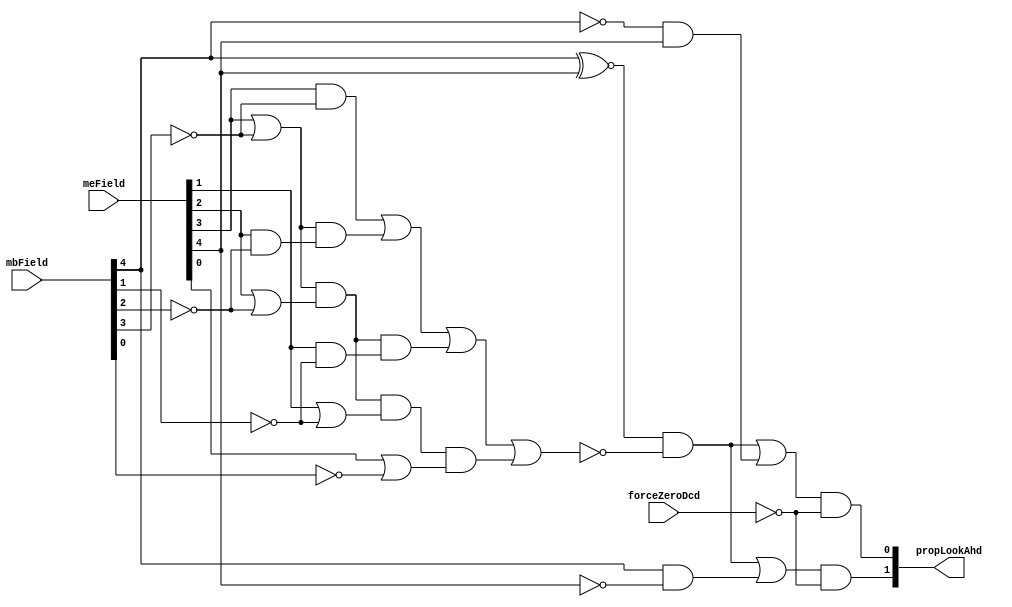
// 
// ************************************************************************** 
// 
//  Copyright (c) International Business Machines Corporation, 2005. 
// 
//  This file contains trade secrets and other proprietary and confidential 
//  information of International Business Machines Corporation which are 
//  protected by copyright and other intellectual property rights and shall 
//  not be reproduced, transferred to other documents, disclosed to others, 
//  or used for any purpose except as specifically authorized in writing by 
//  International Business Machines Corporation. This notice must be 
//  contained as part of this text at all times. 
// 
// ************************************************************************** 
//
module p405s_srmMskLkAhd (propLookAhd, forceZeroDcd, mbField, meField);
    output [0:1] propLookAhd;
    input forceZeroDcd;
    input [0:4] mbField;
    input [0:4] meField;

    wire gen3,gen2,gen1;
    wire prop4,prop3,prop2,prop1;
    wire meLessThanMb;

// Carry Look Ahead used to determine me < mb.
// me + /mb + 1.
// Only need carry into msb.
assign gen3 = meField[3] & ~mbField[3];
assign gen2 = meField[2] & ~mbField[2];
assign gen1 = meField[1] & ~mbField[1];

assign prop4 = meField[4] | ~mbField[4];
assign prop3 = meField[3] | ~mbField[3];
assign prop2 = meField[2] | ~mbField[2];
assign prop1 = meField[1] | ~mbField[1];

assign meLessThanMb = ~(gen1 | (prop1 & gen2) | (prop1 & prop2 & gen3) |
(prop1 & prop2 & prop3 & prop4));

assign propLookAhd[0] = (((mbField[0] ~^ meField[0]) & meLessThanMb) | (mbField[0] & ~meField[0])) & ~forceZeroDcd;

assign propLookAhd[1] = (((mbField[0] ~^ meField[0]) & meLessThanMb) | (~mbField[0] & meField[0]))& ~forceZeroDcd;
endmodule